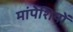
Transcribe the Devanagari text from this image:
मांपेशियों